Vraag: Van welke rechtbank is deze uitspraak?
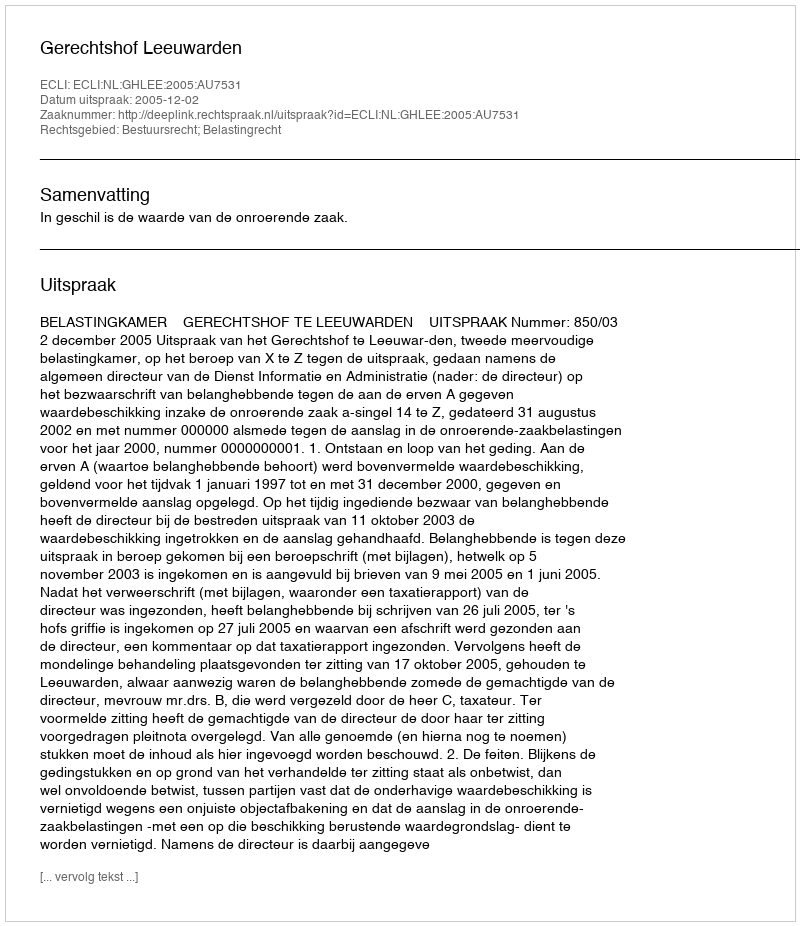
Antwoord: Gerechtshof Leeuwarden